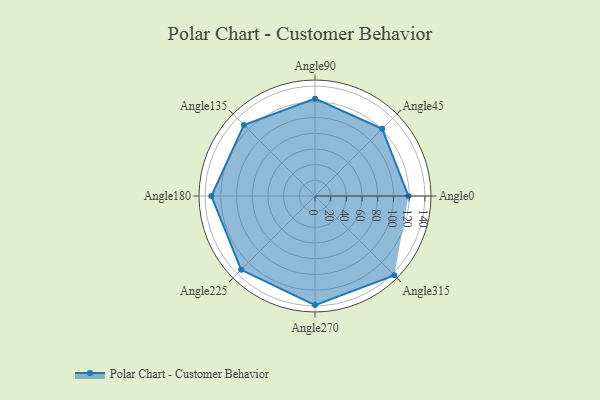
{"axis": {"x": "Angle", "y": "Radius"}, "legend": [""], "data": [{"x": "Angle0", "y": 119.0, "type": ""}, {"x": "Angle45", "y": 121.0, "type": ""}, {"x": "Angle90", "y": 124.0, "type": ""}, {"x": "Angle135", "y": 128.0, "type": ""}, {"x": "Angle180", "y": 132.0, "type": ""}, {"x": "Angle225", "y": 133.0, "type": ""}, {"x": "Angle270", "y": 139.0, "type": ""}, {"x": "Angle315", "y": 143.0, "type": ""}]}